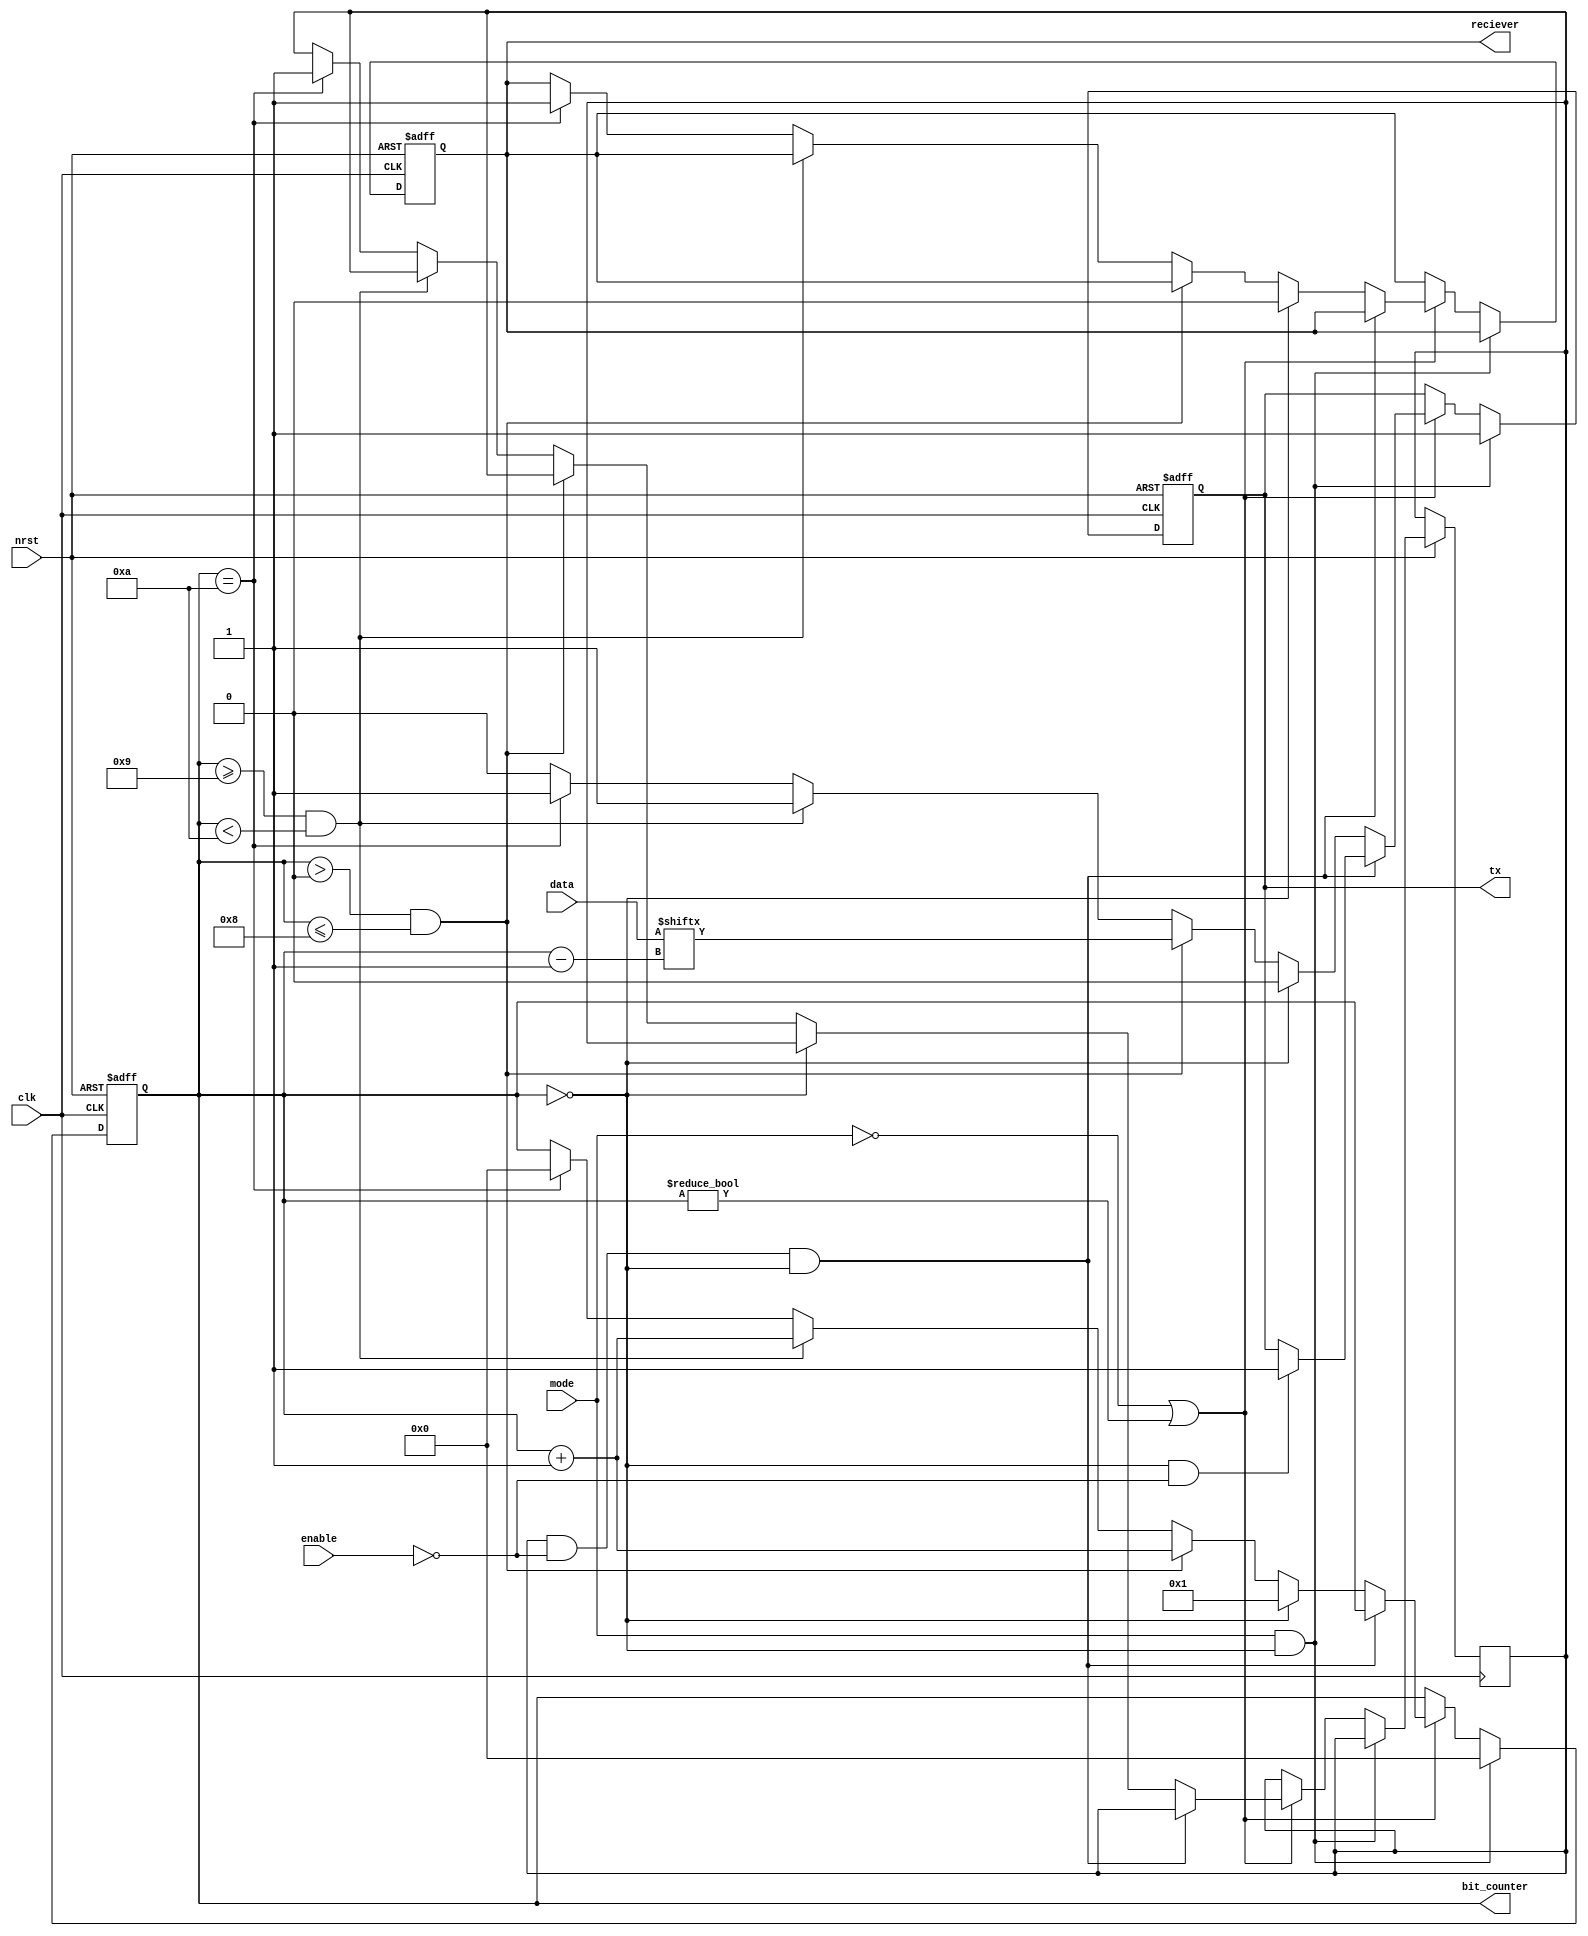
`timescale 1ns / 1ps
//////////////////////////////////////////////////////////////////////////////////
// Company: 
// Engineer: 
// 
// Design Name: 
// Module Name: Tx
// Project Name: 
// Target Devices: 
// Tool Versions: 
// Description: 
// 
// Dependencies: 
// 
// Revision:
// Revision 0.01 - File Created
// Additional Comments:
// 
//////////////////////////////////////////////////////////////////////////////////


module Tx(
    input [7:0] data,
    input mode, nrst, enable,
    input clk,
    output reg tx,
    output reg [3:0]bit_counter,
    output reg reciever
    );
    
    //Baurate_clk uut1 (.b_clk(clk));
    //FIFO uut2 (.out(data), .empty(mode));
    
    reg count_1st;
    
    always @(posedge clk or negedge nrst) begin
        if (!nrst) begin
//            count_1st <=0;
            bit_counter <= 0;
            tx <=1;
            reciever <=1;
        end
        else if (mode && bit_counter ==0) begin
            tx <=1;
            bit_counter <=0;
        end
        
//        if (count_1st) begin
//            if(bit_counter==0 && !enable) tx<=1;
//        end 
        
        else if (!mode || bit_counter != 0) begin
            if (count_1st && !enable && bit_counter ==0) begin //count_1st &&
                if(bit_counter==0 && !enable) tx<=1;
            end 
            else begin
                tx <=0;
                if(bit_counter ==0)begin
                    bit_counter <=1;
                    reciever <=0;
                end
                else begin        
                    if (bit_counter>0 && bit_counter<=8) begin
                        tx <= data[bit_counter-1]; 
    //                    tx = shift_left;
                        bit_counter <= bit_counter + 1;
                    end
                    else begin
                        if (bit_counter>=9 && bit_counter<10) begin
                            tx <=1;
                            bit_counter <= bit_counter+1;
//                            reciever<=1;
                        end
                        else if (bit_counter ==10) begin
                                bit_counter <= 0;
                                tx <= 1;
                                count_1st <=1;
                                reciever <=1;
                        end 
                    end
    //                else if (bit_counter ==10) begin
    //                    bit_counter <= 0;
    //                end
                end 
            end
        end
    end
    
//    assign reciever = (bit_counter ==10)? 1 :(nrst? 1:0);
endmodule